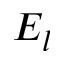
E _ { l }